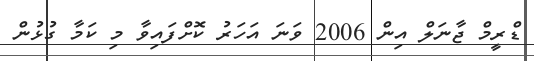
ޑްރީމް ޖާނަލް އިން 2006 ވަނަ އަހަރު ކޮށްފައިވާ މި ކަމާ ގުޅުން